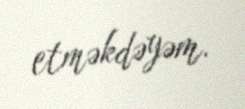
etməkdəyəm.